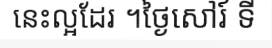
នេះល្អដែរ ។ថ្ងៃសៅរ៍ ទី